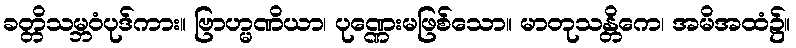
ခတ္တိသမ္ဘဝံပုဒ်ကား။ ဗြာဟ္မဏိယာ၊ ပုဏ္ဏေးမဖြစ်သော။ မာတုသန္တိကေ၊ အမိအထံ၌။